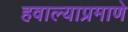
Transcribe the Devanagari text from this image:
हवाल्याप्रमाणे